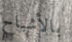
بالأشباح